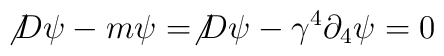
\not{D}\psi -m\psi=\not{D}\psi -\gamma^{4}\partial_{4}\psi=0